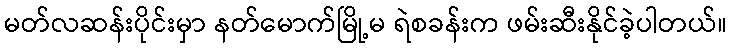
မတ်လဆန်းပိုင်းမှာ နတ်မောက်မြို့မ ရဲစခန်းက ဖမ်းဆီးနိုင်ခဲ့ပါတယ်။